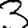
Digit: 3